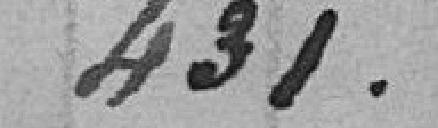
431,00